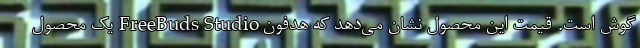
گوش است. قیمت این محصول نشان می‌دهد که هدفون FreeBuds Studio یک محصول